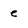
Character: e